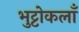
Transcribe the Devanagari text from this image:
भुट्टोकलाँ